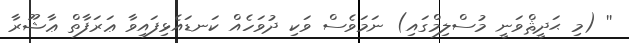
'' (މި ޙަދީޘްވަނީ މުސްލިމްގައި) ނަމަވެސް ވަކި ދުވަހެއް ކަނޑައެޅިފައިވާ ޢަރަފާތް ޢާޝޫރާ